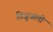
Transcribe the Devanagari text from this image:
विज़ुअली